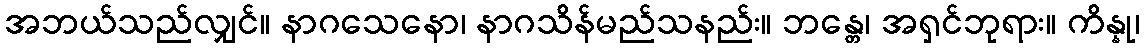
အဘယ်သည်လျှင်။ နာဂသေနော၊ နာဂသိန်မည်သနည်း။ ဘန္တေ၊ အရှင်ဘုရား။ ကိန္နု၊